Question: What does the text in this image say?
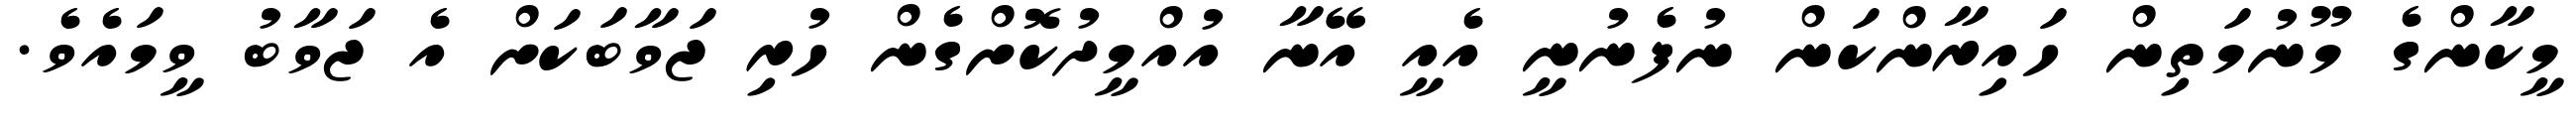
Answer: މީކާންގެ މޫނުމަތިން ހައިރާންކަން ނުފެނުނީ އެއީ އޭނާ އުއްމީދުކޮށްގެން ހުރި ޖަވާބަކަށް އެ ޖަވާބު ވީމައެވެ.